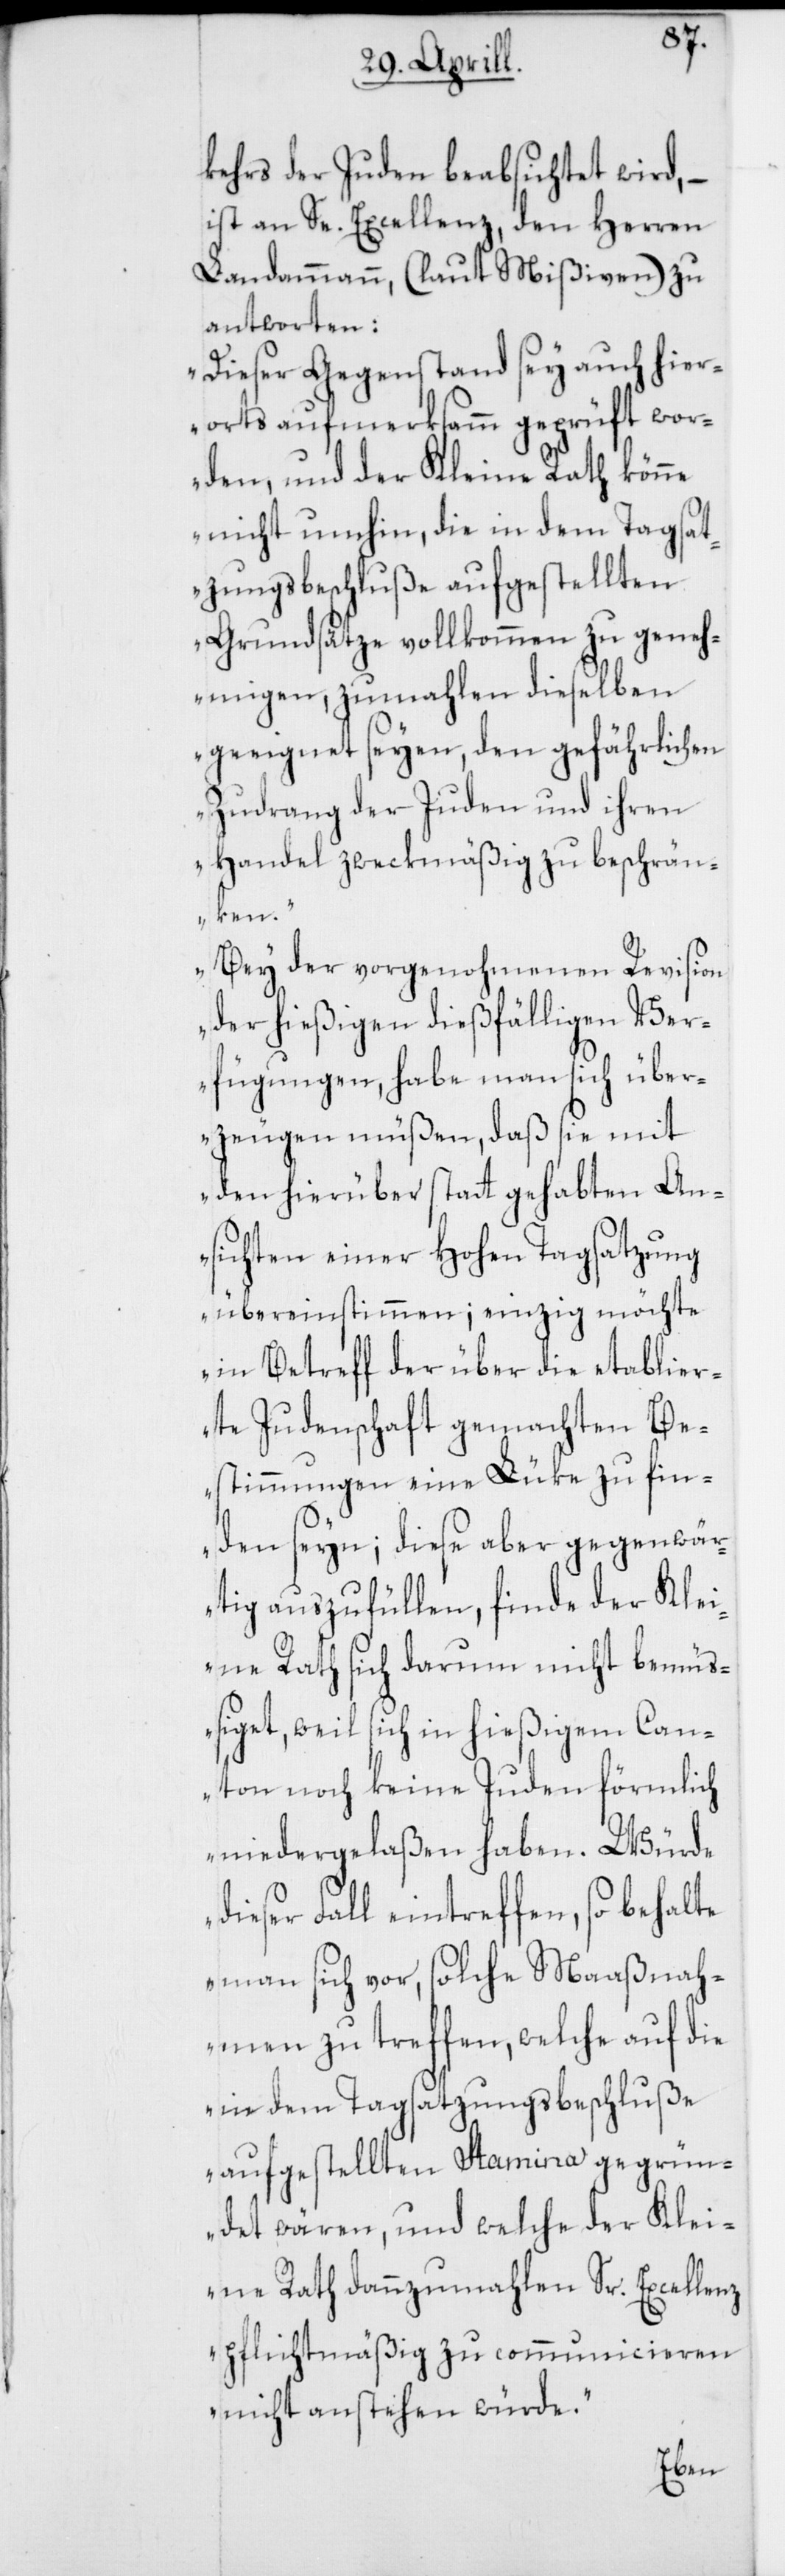
kehrs der Juden beabsichtet wird, –
ist an Se. Excellenz, den Herren
Landammann, (laut Mißiven) zu
antworten:
„Dieser Gegenstand sey auch hier¬
orts aufmerksamm geprüft wor¬
den, und der Kleine Rath könne
nicht umhin, die in dem Tagsat¬
zungsbeschluße aufgestellten
Grundsätze vollkommen zu geneh¬
migen, zumahlen dieselben
geeignet seyen, den gefährlichen
Zudrang der Juden und ihren
Handel zweckmäßig zu beschrän¬
ken.
Bey der vorgenohmenen Revision
der hießigen dießfälligen Ver¬
fügungen, habe man sich über¬
zeugen müßen, daß sie mit
den hierüber stattgehabten An¬
sichten einer Hohen Tagsatzung
übereinstimmen; einzig möchte
in Betreff der über die etablier¬
te Judenschaft gemachten Be¬
stimmungen eine Lüke zu fin¬
den seyn; diese aber gegenwär¬
tig auszufüllen, finde der Klei¬
ne Rath sich darum nicht bemüß¬
iget, weil sich in hießigem Can¬
ton noch keine Juden förmlich
niedergelaßen haben. Würde
dieser Fall eintreffen, so behalte
man sich vor, solche Maaßnah¬
men zu treffen, welche auf die
in dem Tagsatzungsbeschluße
aufgestellten Stamina gegrün¬
det wären, und welche der Klei¬
ne Rath dannzumahlen Sr. Excellenz
pflichtmäßig zu communicieren
nicht anstehen würde.“